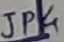
Text: JP4